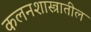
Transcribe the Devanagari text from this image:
कलनशास्त्रातील